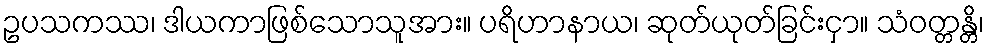
ဥပသကဿ၊ ဒါယကာဖြစ်သောသူအား။ ပရိဟာနာယ၊ ဆုတ်ယုတ်ခြင်းငှာ။ သံဝတ္တန္တိ၊